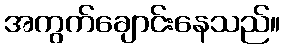
အကွက်ချောင်းနေသည်။